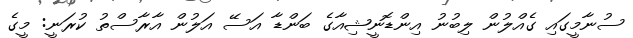
ސުނާމީގައި ގެއްލުން ލިބުނު އިންޑޮނީޝިއާގެ ބަންޑާ އަސޭ އަލުން އާރާސްތު ކުރަނީ: މީގެ